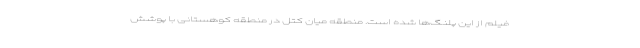
فیلم از این پلنگ‌ها شده است. منطقه میان کتل در منطقه کوهستانی با پوشش